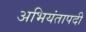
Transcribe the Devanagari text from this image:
अभियंतापदी